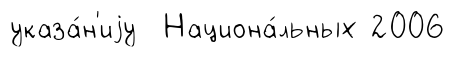
указа́н'иjу Национа́льных 2006